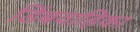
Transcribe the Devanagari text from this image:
डिंबवाहिका